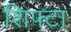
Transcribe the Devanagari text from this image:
शिफ्टा